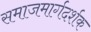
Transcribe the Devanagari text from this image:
समाजमार्गदर्शक